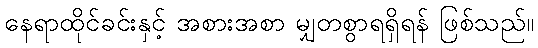
နေရာထိုင်ခင်းနှင့် အစားအစာ မျှတစွာရရှိရန် ဖြစ်သည်။